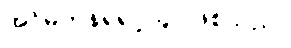
အင်မတန်ရဲရင့်သူ ဖြစ်သည်။